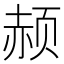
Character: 𲊼